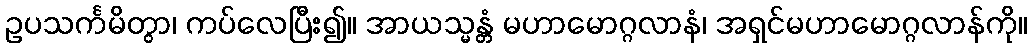
ဥပသင်္ကမိတွာ၊ ကပ်လေပြီး၍။ အာယသ္မန္တံ မဟာမောဂ္ဂလာနံ၊ အရှင်မဟာမောဂ္ဂလာန်ကို။